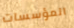
المؤسسات